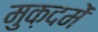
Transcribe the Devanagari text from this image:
मुक़दमें